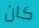
كان